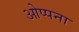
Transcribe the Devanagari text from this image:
ओप्पना